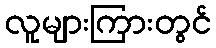
လူများကြားတွင်